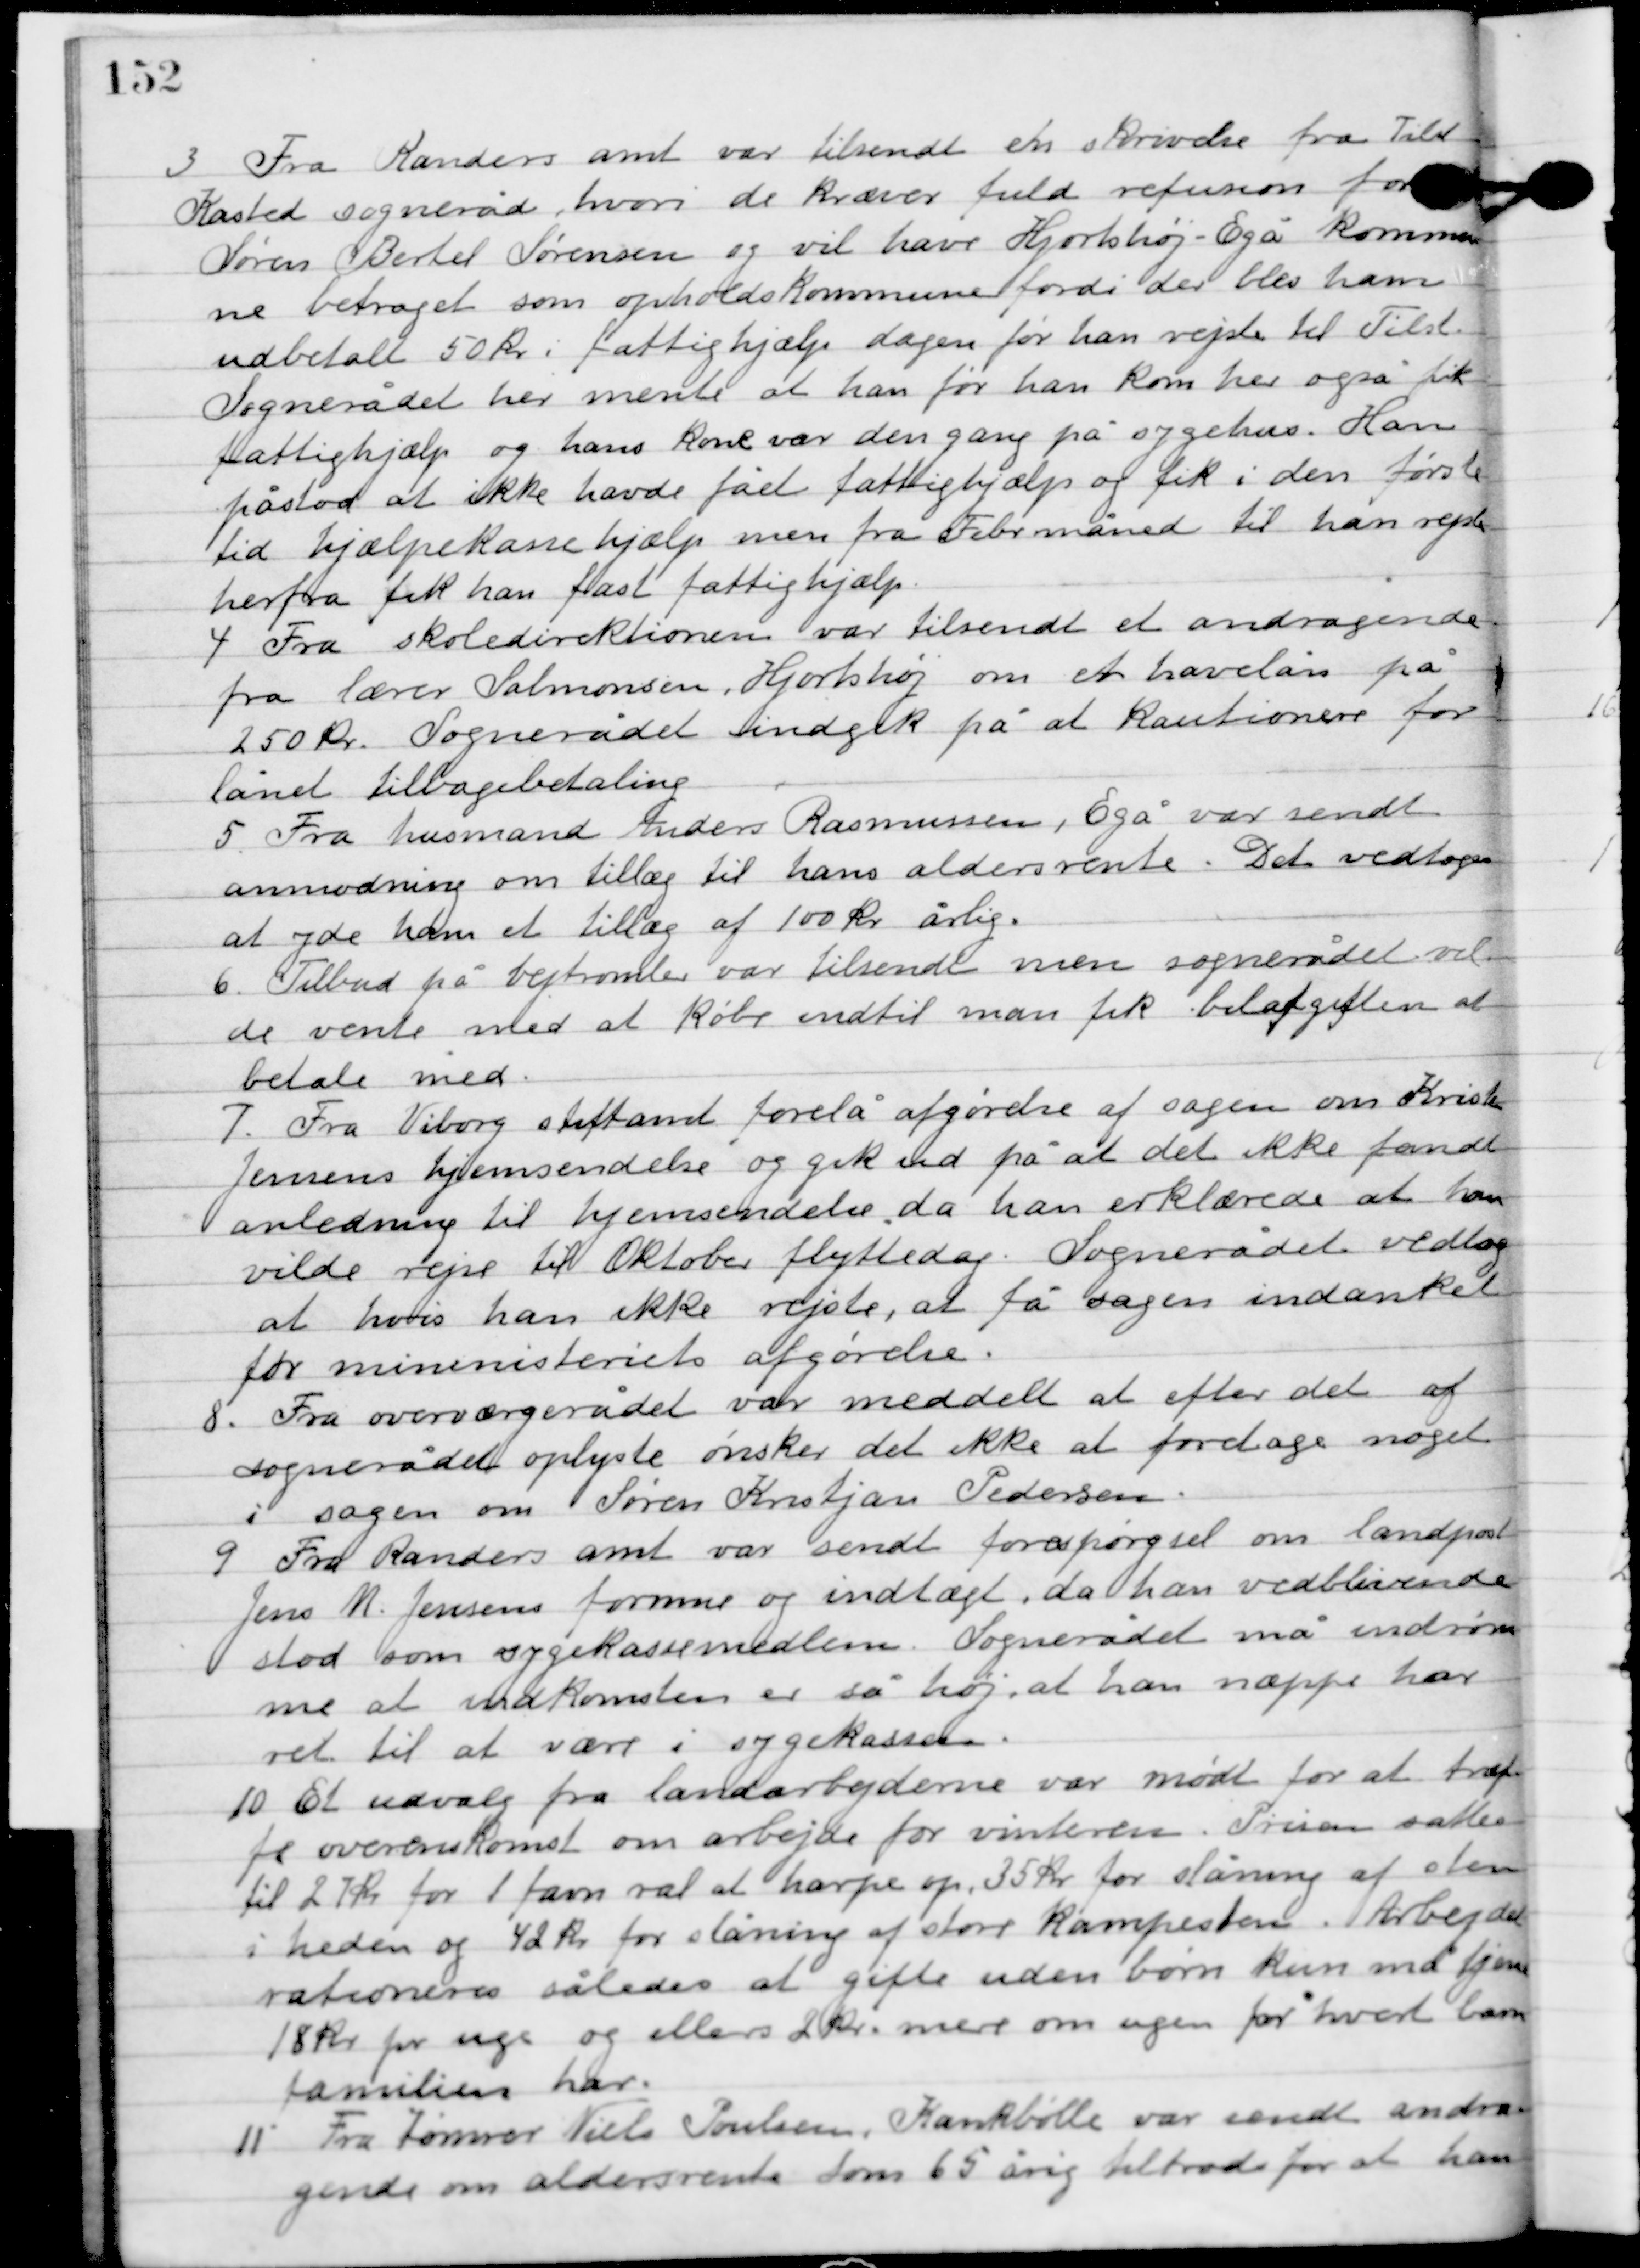
Transskription:
3

Fra Randers amt var tilsendt en skrivelse fra Tilst
Kasted sogneråd, hvori de kræver fuld refusion for
Søren Bertel Sørensen og vil have Hjortshøj-Egå kommu-
ne betragte som opholdskommune fordi der blev ham
udbetalt 50 kr. i fattighjælp dagen før han rejste til Tilst.
Sognerådet her mente at han før han kom her også fik
fattighjælp og hans kone var dengang på sygehus. Han
påstod at ikke have fået fattighjælp og fik i den første
tid hjælpekassehjælp men fra Feb. Måned til han rejste
herfra fik han fast fattighjælp.

4

Fra skoledirektionen var tilsendt et andragende
fra lærer Salomonsen, Hjortshøj om et havelån på
250 kr. Sognerådet indgik på at kautionere for
 lånet tilbagebetaling.

5

Fra husmand Anders Rasmussen, Egå var sendt
anmodning om tillæg til hans aldersrente. Det vedtoges
at yde ham et tillæg af 100 kr. årlig.

6

Tilbud på vejtromle var tilsendt men sognerådet vil-
de vente med at købe indtil man fik bilafgiften at
betale med.

7

Fra Viborg stiftsamt forelå afgørelse af sagen om Kristen
Jensens hjemsendelse og gik ud på at det ikke fandt
anledning til hjemsendelse, da han erklærede at han
vilde rejse til Oktober flyttedag. Sognerådet vedtog
at hvis han ikke rejste, at få sagen indanket
for ministeriets afgørelse.

8

Fra overværgerådet var meddelt at efter det af
sognerådet oplyste ønsker der ikke at foretage noget
i sangen om Søren Kristjan Pedersen.

9

Fra Randers amt var sendt forespørgsel om landpost
Jens M. Jensens formue og indtægt, da han vedblivende
stod som sygekassemedlem. Sognerådet må indrøm-
me at indkomsten er så høj, at han næppe har
ret til at være i sygekassen.

10

Et udvalg fra landarbejderne var mødt for at træf-
fe overenskomst om arbejde for vinteren. Prisen sattes
til 27 kr. for 1 favn ral at harpe op, 35 kr. for slåning af sten
i heden og 42 kr. for slåning af stor kampesten. Arbejdet
rationeres således at gifte uden børn kun må tjenes
18 kr. pr. uge og ellers 2 kr. mere om ugen for hvert barn
familien har.

11

Fra tømrer Niels Poulsen, Kankbølle var sendt andra-
gende om aldersrente som 65 årig tilstodes for at han